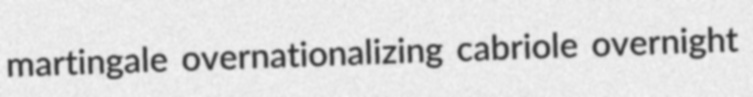
martingale overnationalizing cabriole overnight